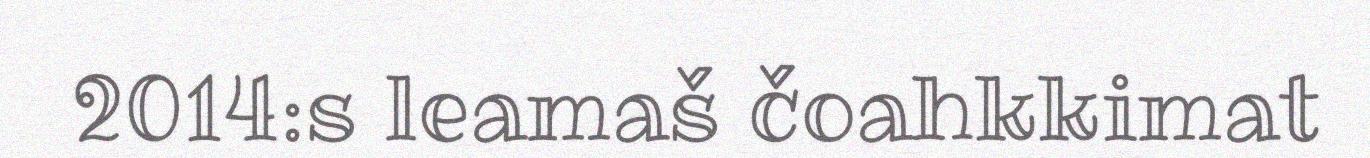
2014:s leamaš čoahkkimat